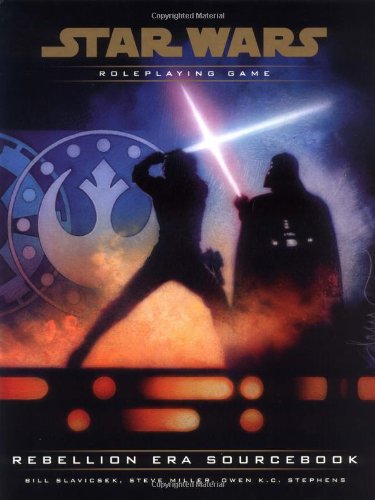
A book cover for Rebellion Era Sourcebook (Star Wars Roleplaying Game); Bill Slavicsek; Science Fiction & Fantasy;